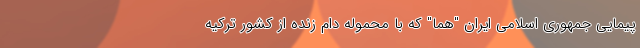
پیمایی جمهوری اسلامی ایران "هما" که با محموله دام زنده از کشور ترکیه